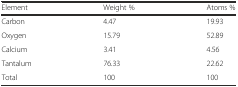
<table><thead><tr><td><b>Element</b></td><td><b>Weight %</b></td><td><b>Atoms %</b></td></tr></thead><tbody><tr><td>Carbon</td><td>4.47</td><td>19.93</td></tr><tr><td>Oxygen</td><td>15.79</td><td>52.89</td></tr><tr><td>Calcium</td><td>3.41</td><td>4.56</td></tr><tr><td>Tantalum</td><td>76.33</td><td>22.62</td></tr><tr><td>Total</td><td>100</td><td>100</td></tr></tbody></table>